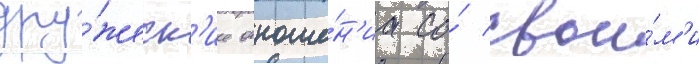
дру́жеск'ие отноше́н'иа со́ свои́м'и